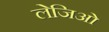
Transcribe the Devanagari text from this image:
लेजिओ